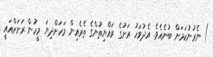
) ނެރުނުކަމަށް ބުނެއެވެ. އެދުވަހު ރަށުގެ ރައްޔިތުންގެ ތެރެއިން މަހަށްދިޔަ މީހުން ރަށަށްއައީ